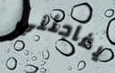
يفاجئني